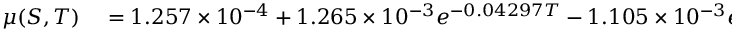
\begin{array} { r l } { \mu ( S , T ) } & { { } = 1 . 2 5 7 \times 1 0 ^ { - 4 } + 1 . 2 6 5 \times 1 0 ^ { - 3 } e ^ { - 0 . 0 4 2 9 7 T } - 1 . 1 0 5 \times 1 0 ^ { - 3 } e ^ { 0 . 3 7 1 0 x } } \end{array}